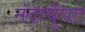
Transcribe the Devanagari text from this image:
नंदाघूँघट